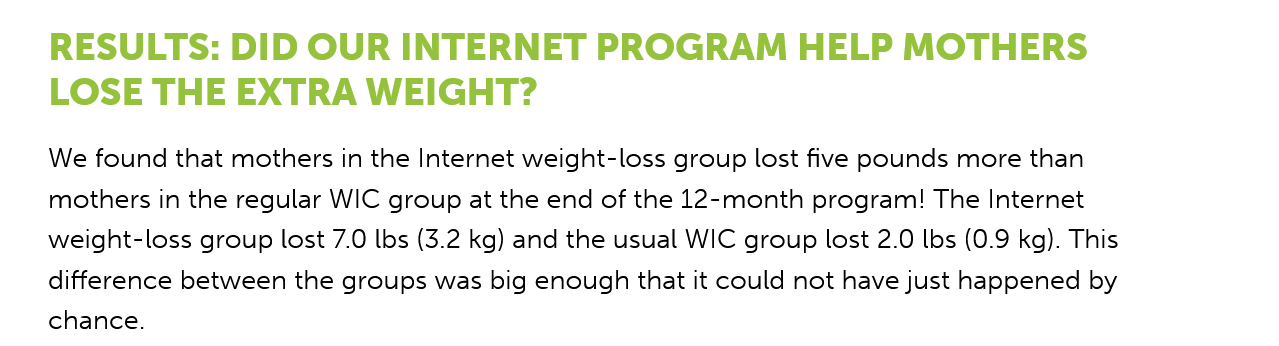
RESULTS:    DID  OUR   INTERNET    PROGRAM    HELP   MOTHERS
    LOSE   THE   EXTRA    WEIGHT?
    We found that mothers in the Internet weight-loss group lost five pounds more than
    mothers in the regular WIC group at the end of the 12-month program! The Internet
    weight-loss group lost 7.0 lbs (3.2 kg) and the usual WIC group lost 2.0 lbs (0.9 kg). This
    difference between the groups was big enough that it could not have just happened by
    chance.